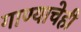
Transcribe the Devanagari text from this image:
गाण्याचेही